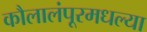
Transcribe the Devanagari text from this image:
कौलालंपूरमधल्या